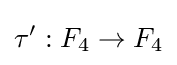
\tau ':F_{4}\to F_{4}